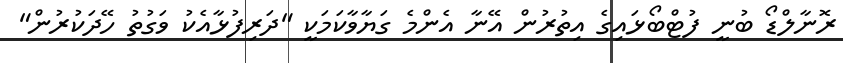
ރޮނާލްޑޯ ބުނީ ފުޓްބޯޅައިގެ އިތުރުން އޭނާ އެންމެ ގަޔާވާކަމަކީ "ދަރިފުޅާއެކު ވަގުތު ހޭދަކުރުން"